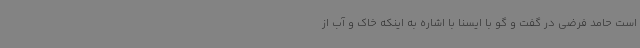
است حامد فرضی در گفت و گو با ایسنا با اشاره به اینکه خاک و آب از